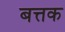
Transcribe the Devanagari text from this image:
बत्तक